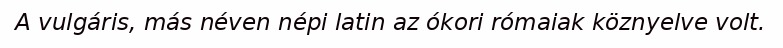
A vulgáris, más néven népi latin az ókori rómaiak köznyelve volt.